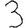
Digit: 3